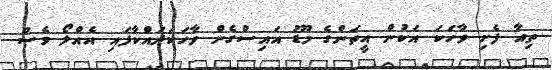
ތިއާ ފެށި ވާހަކަ އަކުން އީތަންގެ މޫޑު އައިސްގެން ވާހަކަދައްކާފައި އެއްލޯ ވެސް